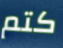
كتم